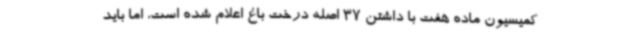
کمیسیون ماده هفت با داشتن 37 اصله درخت باغ اعلام شده است، اما باید